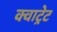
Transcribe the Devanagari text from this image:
क्वाट्रेट